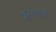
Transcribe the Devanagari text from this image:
क्रूरतेमुळे